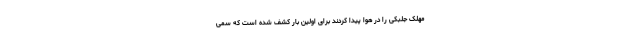
مهلک جلبکی را در هوا پیدا کردند برای اولین بار کشف شده است که سمی